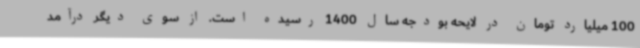
100 میلیارد تومان در لایحه بودجه سال 1400 رسیده است. از سوی دیگر درآمد